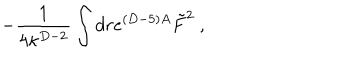
- { \frac { 1 } { 4 \kappa ^ { D - 2 } } } \int d r e ^ { ( D - 5 ) A } \tilde { F } ^ { 2 } \ ,